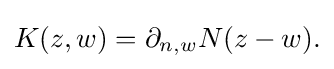
\displaystyle {K(z,w)=\partial _{n,w}N(z-w).}